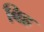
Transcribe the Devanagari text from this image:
बिह